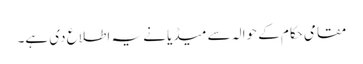
مقامی حکام کے حوالہ سے میڈیا نے یہ اطلاع دی ہے۔